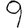
Digit: 9